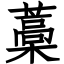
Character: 藁